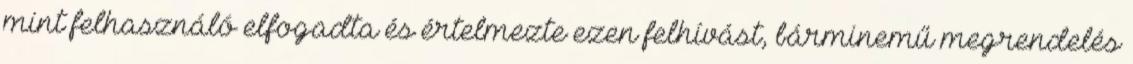
mint felhasználó elfogadta és értelmezte ezen felhívást, bárminemű megrendelés